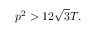
p ^ { 2 } > 1 2 { \sqrt { 3 } } T .